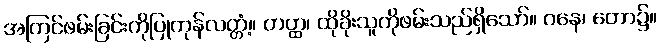
အကြင်ဖမ်းခြင်းကိုပြုကုန်လတ္တံ့။ တတ္ထ၊ ထိုခိုးသူကိုဖမ်းသည်ရှိသော်။ ဝနေ၊ တော၌။